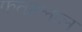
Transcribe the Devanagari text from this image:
फतहलाल